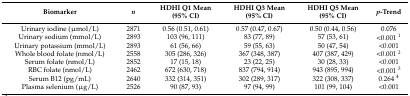
| Biomarker | n | HDHI Q1 Mean (95% CI) | HDHI Q3 Mean (95% CI) | HDHI Q5 Mean (95% CI) | p-Trend |
 | --- | --- | --- | --- | --- | --- |
 | Urinary iodine (μmol/L) | 2871 | 0.56 (0.51, 0.61) | 0.57 (0.47, 0.67) | 0.50 (0.44, 0.56) | 0.076 |
 | Urinary sodium (mmol/L) | 2893 | 103 (96, 111) | 83 (77, 89) | 57 (53, 61) | <0.001 1 |
 | Urinary potassium (mmol/L) | 2893 | 61 (56, 66) | 59 (55, 63) | 50 (47, 54) | <0.001 |
 | Whole blood folate (nmol/L) | 2558 | 305 (286, 326) | 367 (348, 387) | 407 (387, 429) | <0.001 2 |
 | Serum folate (nmol/L) | 2852 | 17 (15, 18) | 23 (22, 25) | 30 (28, 33) | <0.001 |
 | RBC folate (nmol/L) | 2462 | 672 (630, 718) | 837 (794, 914) | 943 (895, 994) | <0.001 3 |
 | Serum B12 (pg/mL) | 2640 | 332 (314, 351) | 302 (289, 317) | 322 (308, 337) | 0.264 4 |
 | Plasma selenium (μg/L) | 2526 | 90 (87, 93) | 97 (94, 99) | 101 (99, 104) | <0.001 |